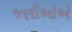
જણીઓએ